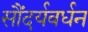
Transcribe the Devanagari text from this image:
सौंदर्यवर्धन